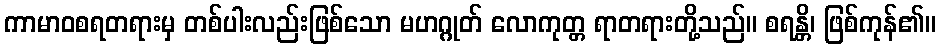
ကာမာဝစရတရားမှ တစ်ပါးလည်းဖြစ်သော မဟဂ္ဂုတ် လောကုတ္တ ရာတရားတို့သည်။ စရန္တိ၊ ဖြစ်ကုန်၏။